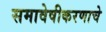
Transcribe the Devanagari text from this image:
समावेषीकरणाचे